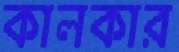
কালকার